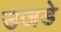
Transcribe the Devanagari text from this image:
उजडे